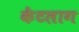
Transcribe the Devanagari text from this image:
केंटलाग